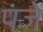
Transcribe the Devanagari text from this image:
पंजें